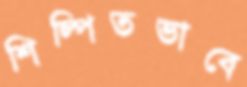
শিল্পিতভাবে